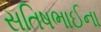
સતિષભાઈના